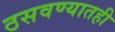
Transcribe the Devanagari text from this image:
ठसवण्यातही